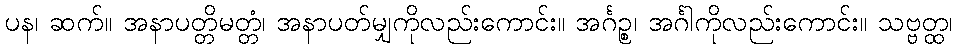
ပန၊ ဆက်။ အနာပတ္တိမတ္တံ၊ အနာပတ်မျှကိုလည်းကောင်း။ အင်္ဂဉ္စ၊ အင်္ဂါကိုလည်းကောင်း။ သဗ္ဗတ္ထ၊